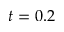
t = 0 . 2